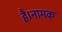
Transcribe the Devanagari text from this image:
है।नामक